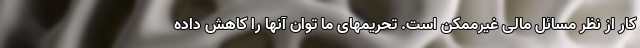
کار از نظر مسائل مالی غیرممکن است. تحریمهای ما توان آنها را کاهش داده